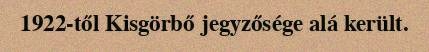
1922-től Kisgörbő jegyzősége alá került.